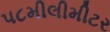
૫૮મીલીમીટર